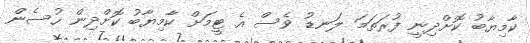
ކާމިޔާބު ކޮށްދިނީ ފުރަތަމަ ލަނޑު ވެސް އެ ޓީމަށް ކާމިޔާބު ކޮށްދިން ހުސެން